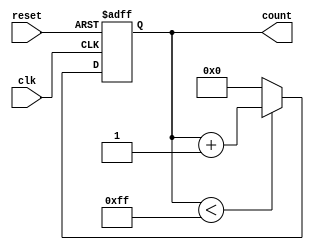
module memory_blocks_up_counter #(
    parameter WIDTH = 8,               // Bit width of the counter
    parameter INITIAL_VALUE = 0,       // Initial value of the counter
    parameter MAX_COUNT_VALUE = 255     // Maximum count value
)(
    input wire clk,                    // Clock input
    input wire reset,                  // Asynchronous reset input
    output reg [WIDTH-1:0] count       // Count output
);

    // Always block for counting mechanism
    always @(posedge clk or posedge reset) begin
        if (reset) begin
            count <= INITIAL_VALUE;     // Reset the counter to the initial value
        end else begin
            if (count < MAX_COUNT_VALUE) begin
                count <= count + 1;     // Increment the count
            end else begin
                count <= INITIAL_VALUE;  // Reset to the initial value on overflow
            end
        end
    end

endmodule